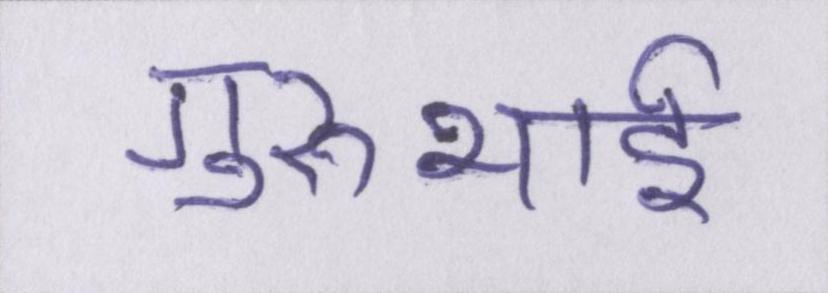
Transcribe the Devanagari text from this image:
गुरुभाई